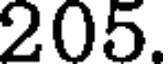
205.